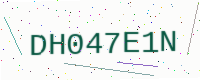
Text: DH047E1N